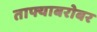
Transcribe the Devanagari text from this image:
ताफ्याबरोबर